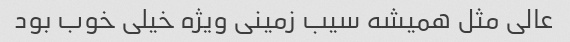
عالی مثل همیشه سیب زمینی ویژه خیلی خوب بود